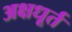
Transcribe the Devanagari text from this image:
अक्षधूर्त